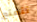
تتمتع